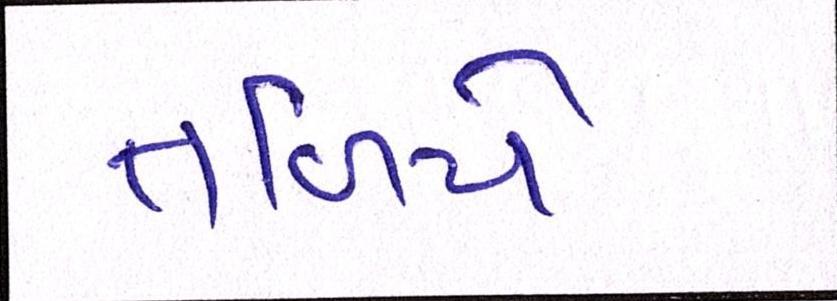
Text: તળિયે